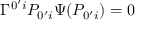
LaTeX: \Gamma ^ { 0 ^ { \prime } i } P _ { 0 ^ { \prime } i } \Psi ( P _ { 0 ^ { \prime } i } ) = 0